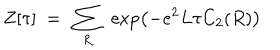
Z [ \tau ] ~ = ~ \sum _ { R } ~ \exp \left( - e ^ { 2 } L \tau C _ { 2 } ( R ) \right)